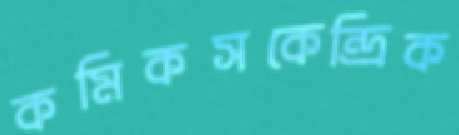
কমিকসকেন্দ্রিক